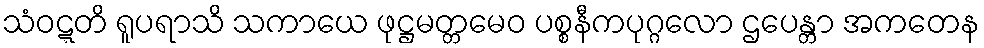
သံဝဋ္ဋတိ ရူပရာသိ သကာယေ ဖုဋ္ဌမတ္တမေဝ ပစ္စနီကပုဂ္ဂလော ဌပေန္တာ အကတေန